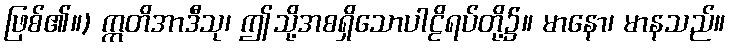
ဖြစ်၏။) ဣတိအာဒီသု၊ ဤသို့အစရှိသောပါဠိရပ်တို့၌။ မာနော၊ မာနသည်။